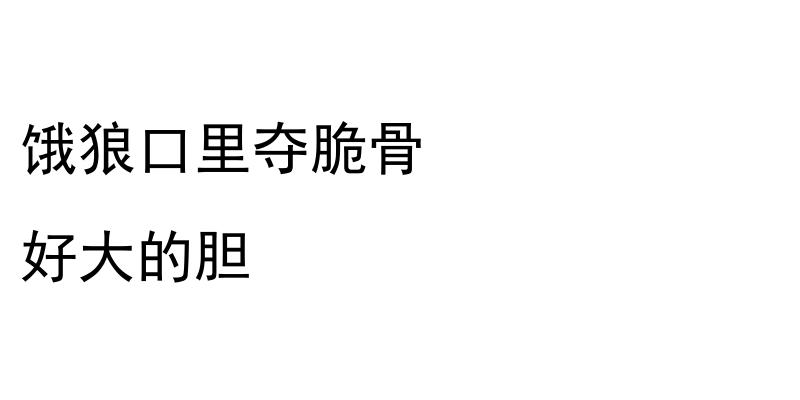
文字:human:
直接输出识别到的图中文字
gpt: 饿狼口里夺脆骨 好大的胆